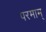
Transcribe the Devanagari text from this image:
परमाम्